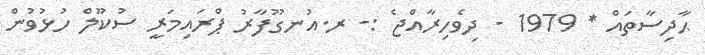
ޙާދިސާތައް * 1979 - ދިވެހިރާއްޖެ :- ރ.އުނގޫފާރު ޕްރައިމަރީ ސުކޫލް ހުޅުވުން